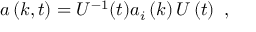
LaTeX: a \left( k , t \right) = U ^ { - 1 } ( t ) a _ { i } \left( k \right) U \left( t \right) ~ ,